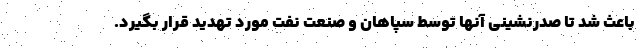
باعث شد تا صدرنشینی آنها توسط سپاهان و صنعت نفت مورد تهدید قرار بگیرد.